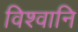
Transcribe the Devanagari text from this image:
विश्वानि